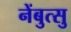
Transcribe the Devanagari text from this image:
नेंबुत्सु